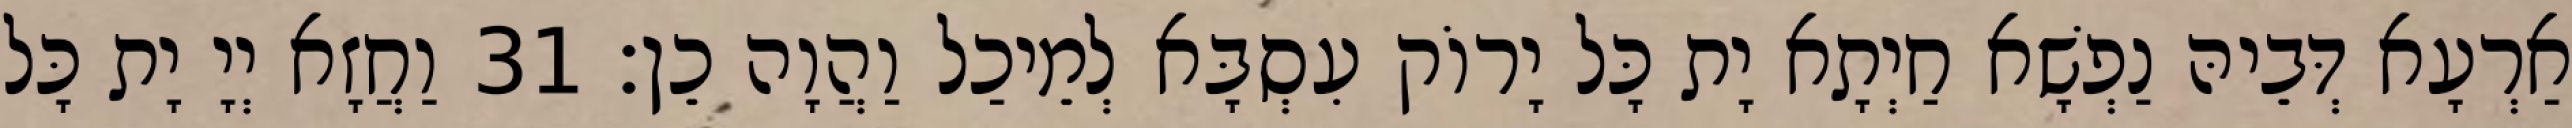
אַרְעָא דְּבֵיהּ נַפְשָׁא חַיְתָא יָת כָּל יָרוֹק עִסְבָּא לְמֵיכַל וַהֲוָה כֵן׃ 31 וַחֲזָא יְיָ יָת כָּל